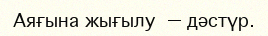
Аяғына жығылу — дәстүр.